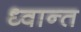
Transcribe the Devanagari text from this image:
ध्वान्त